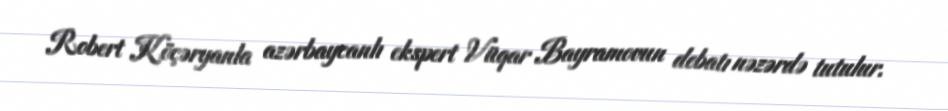
Robert Köçəryanla azərbaycanlı ekspert Vüqar Bayramovun debatı nəzərdə tutulur.